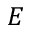
E